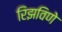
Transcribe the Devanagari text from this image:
रिझविणे